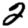
Digit: 2